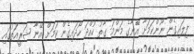
ފިލައިގެން ނޫންކަމަށާ އޭނާގެ މަންމަ ގާތު ހުއްދަ ހޯދައިގެން ކަމަށް އޭނާ ޝަރީއަތުގައި